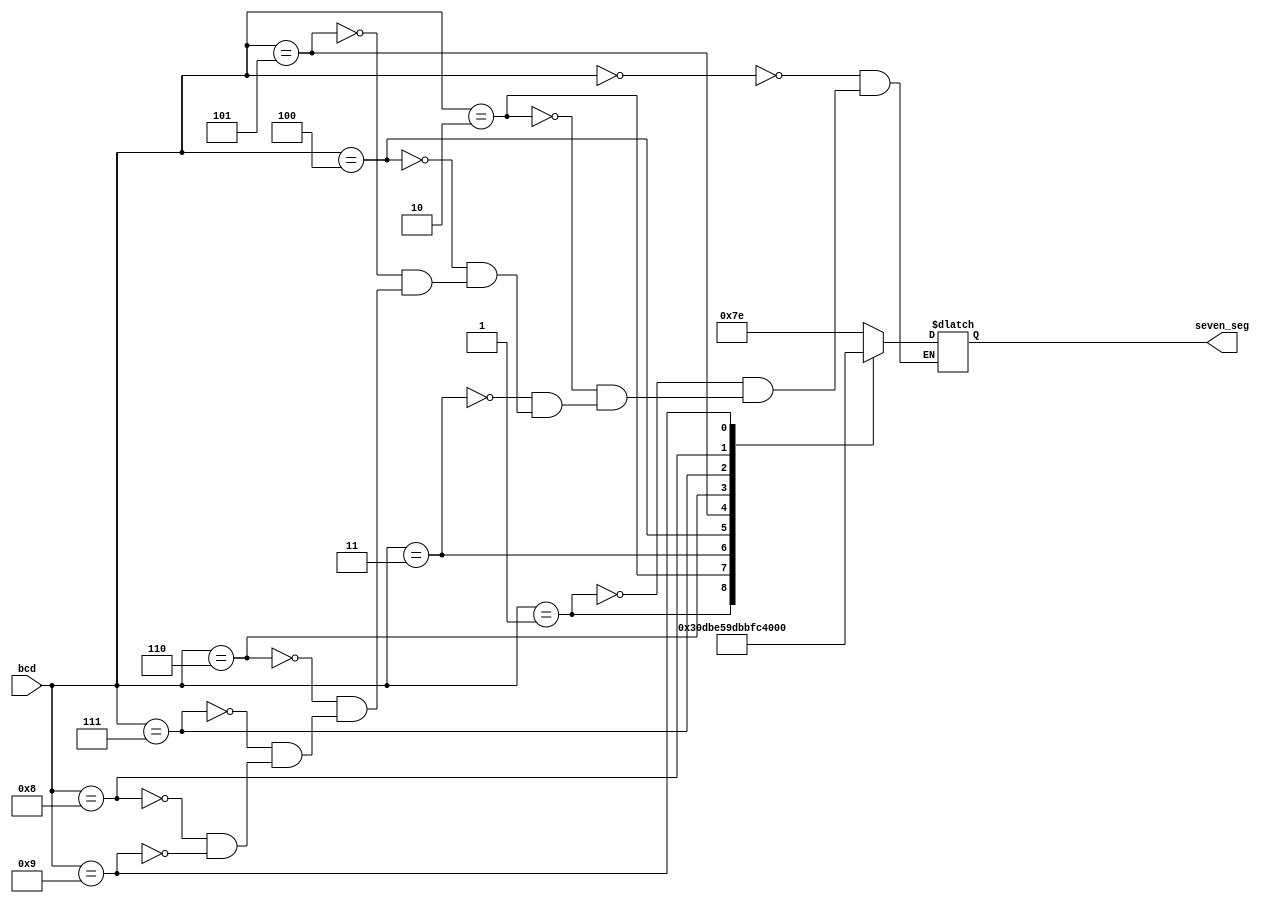
module bcd_7seg_decoder(input [3:0] bcd, output reg [6:0] seven_seg);

always @(*)
case(bcd)
	4'b0000:seven_seg = 7'b1111110;
	4'b0001:seven_seg = 7'b0110000;
	4'b0010:seven_seg = 7'b1101101;
	4'b0011:seven_seg = 7'b1111001;
	4'b0100:seven_seg = 7'b0110011;
	4'b0101:seven_seg = 7'b1011011;
	4'b0110:seven_seg = 7'b1011111;
	4'b0111:seven_seg = 7'b1110000;
	4'b1000:seven_seg = 7'b1111111;
	4'b1001:seven_seg = 7'b1111011;
endcase
endmodule